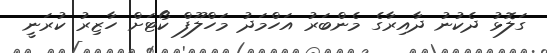
ގަލޮޅު ދެކުނު ދާއިރާގެ މެންބަރު އަހްމަދު މަހްލޫފް ކޯޓަށް ހާޒިރު ކުރަނީ